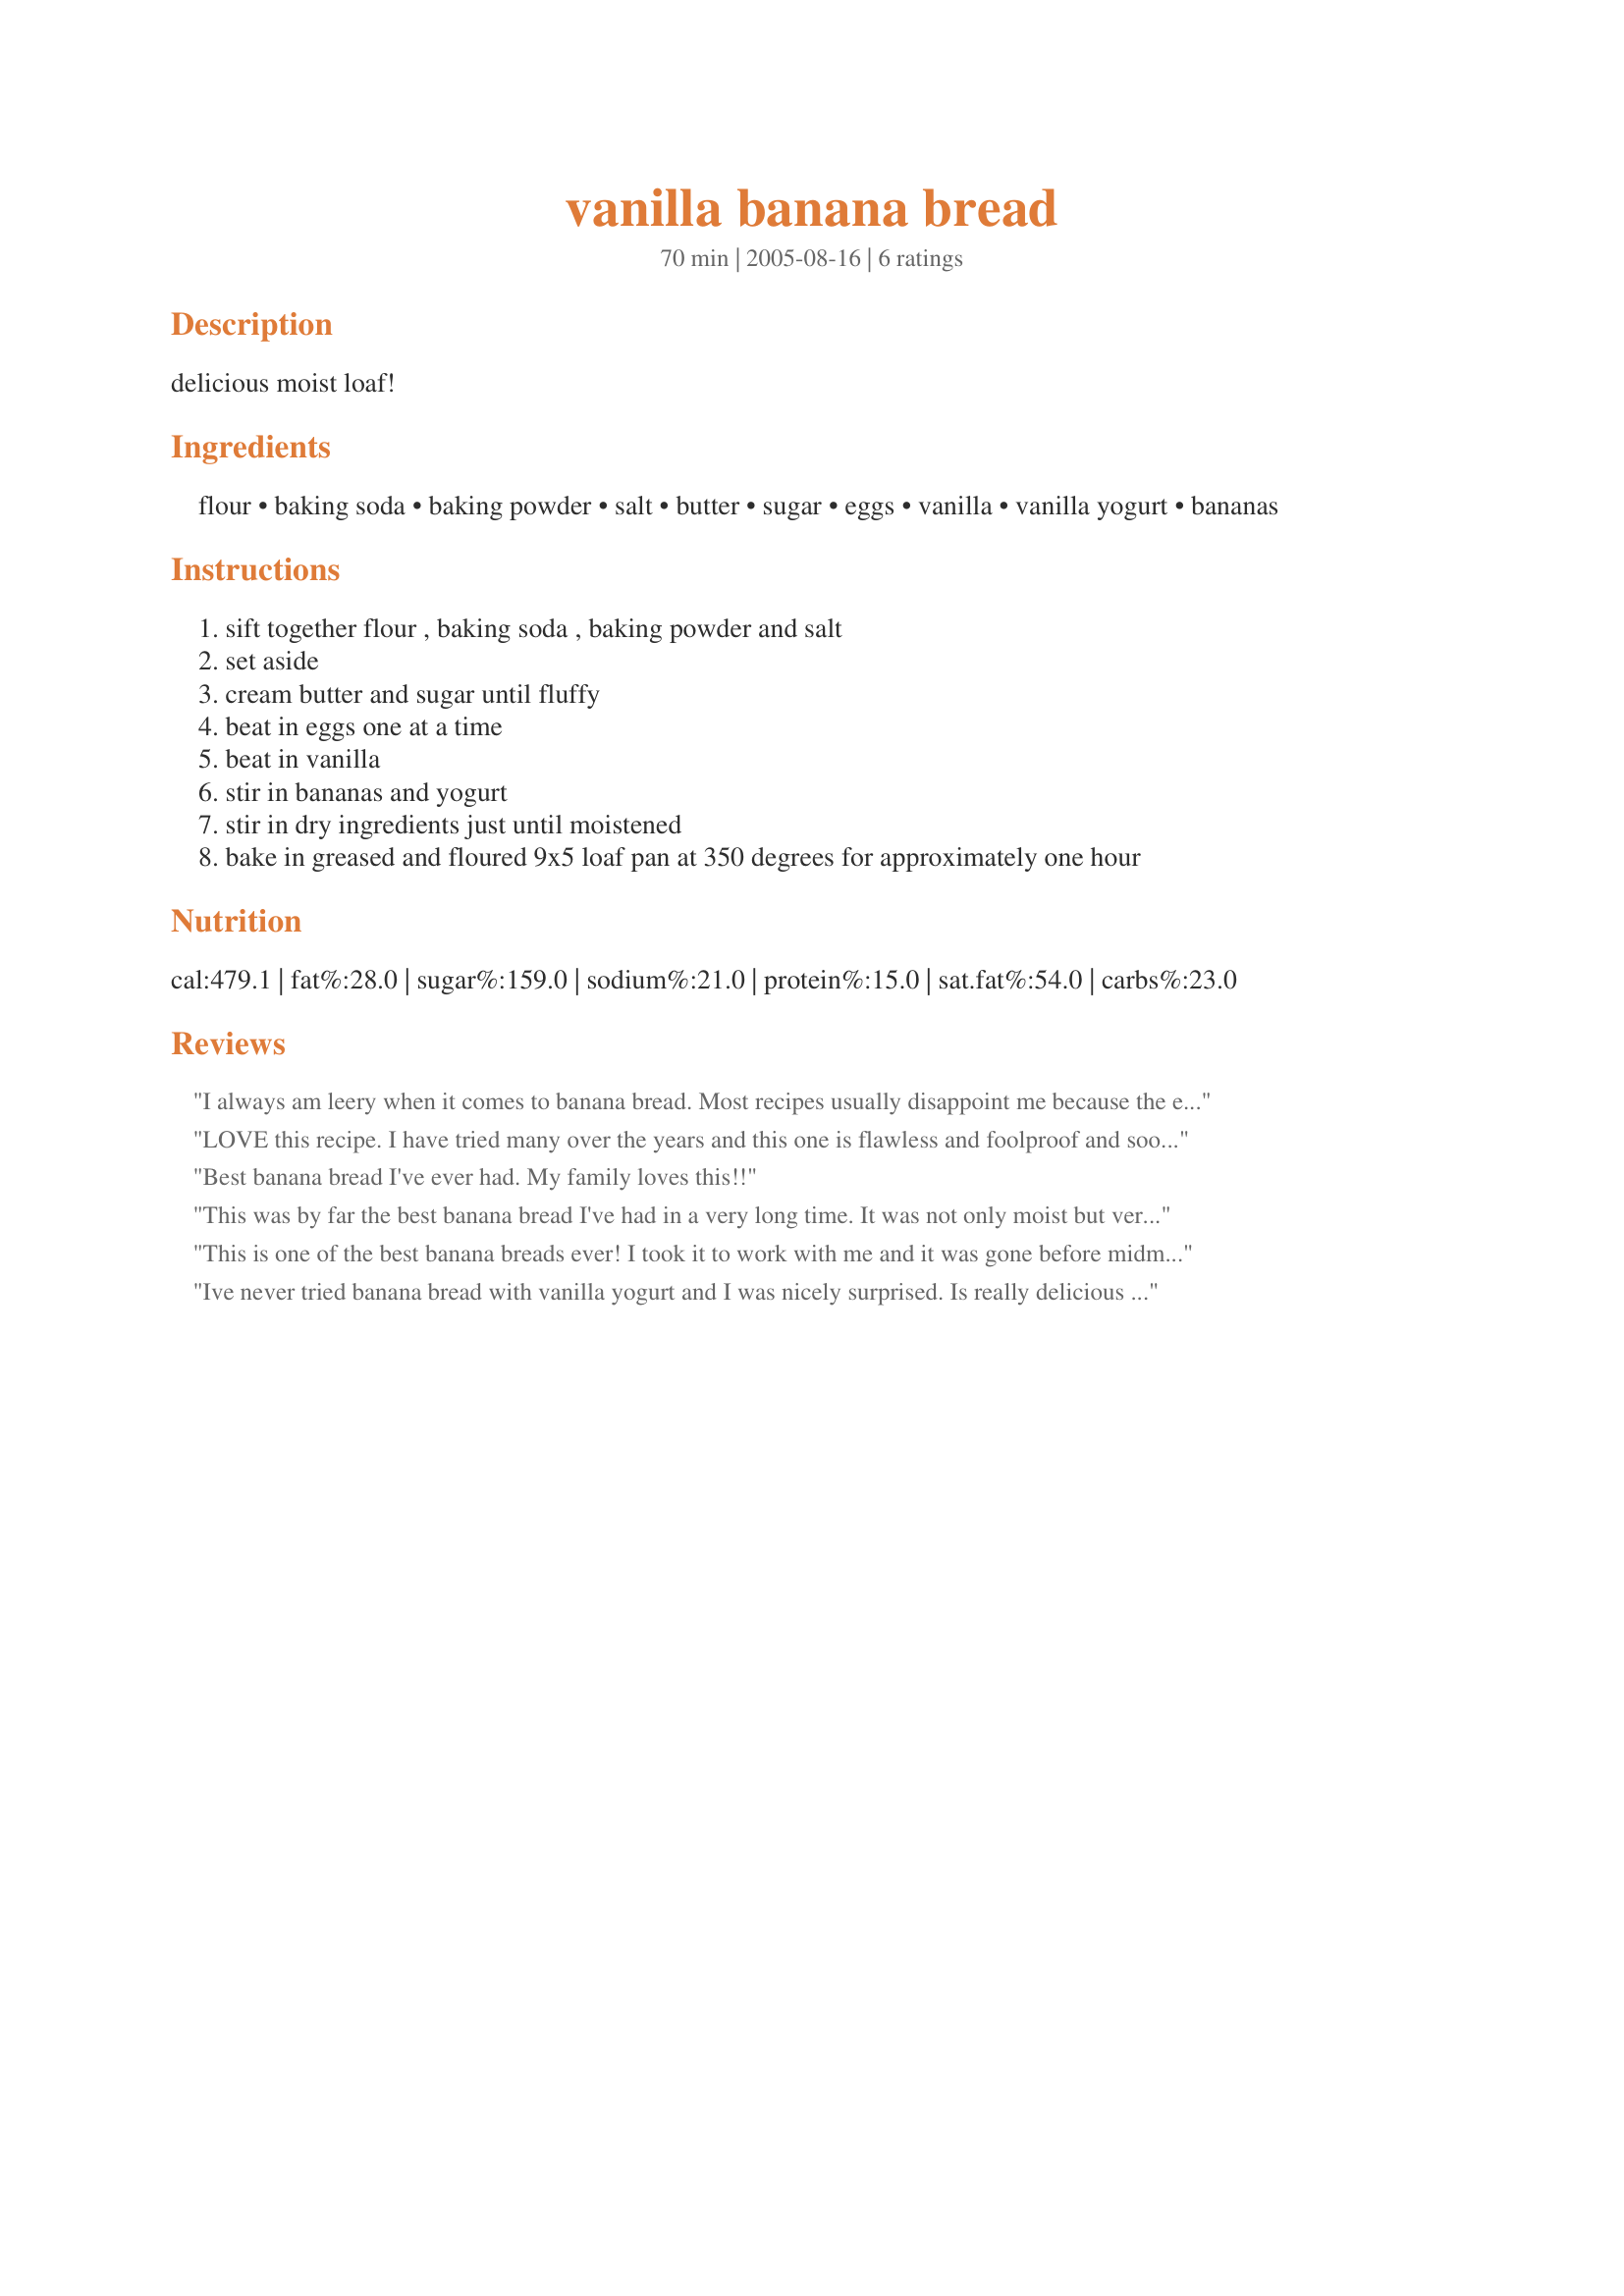
vanilla banana bread
Preparation time: 70 minutes

delicious moist loaf!

Ingredients:
flour, baking soda, baking powder, salt, butter, sugar, eggs, vanilla, vanilla yogurt, bananas

Steps:
sift together flour , baking soda , baking powder and salt
set aside
cream butter and sugar until fluffy
beat in eggs one at a time
beat in vanilla
stir in bananas and yogurt
stir in dry ingredients just until moistened
bake in greased and floured 9x5 loaf pan at 350 degrees for approximately one hour

Reviews:
I always am leery when it comes to banana bread. Most recipes usually disappoint me because the end result is dense, dry and rather flavorless. But not this recipe! The yogurt really gave the bread a moist texture! Used Tillamook vanilla bean flavored yogurt for that added punch!
Thanks for sharing a delicious banana bread recipe! cg
LOVE this recipe. I have tried many over the years and this one is flawless and foolproof and sooo yummy. I use a whisk to stir in the dry ingredients to ensure it&#039;s light and non-rubbery.
Best banana bread I've ever had. My family loves this!!
This was by far the best banana bread I've had in a very long time. It was not only moist but very delicious!!!
This is one of the best banana breads ever! I took it to work with me and it was gone before midmorning! I used Archer Farms vanilla yogurt. I will definitely be making this again!
Ive never tried banana bread with vanilla yogurt and I was nicely surprised. Is really delicious and very moist. Will bake again.
